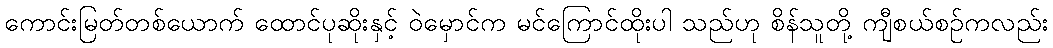
ကောင်းမြတ်တစ်ယောက် ထောင်ပုဆိုးနှင့် ဝဲမှောင်က မင်ကြောင်ထိုးပါ သည်ဟု စိန်သူတို့ ကျီစယ်စဉ်ကလည်း